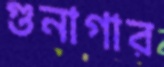
গুনাগার